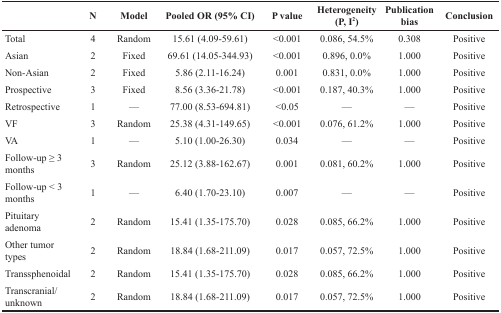
|  | N | Model | Pooled OR (95% CI) | P value | Heterogeneity(P, I2) | Publication bias | Conclusion |
 | --- | --- | --- | --- | --- | --- | --- | --- |
 | Total | 4 | Random | 15.61 (4.09-59.61) | <0.001 | 0.086, 54.5% | 0.308 | Positive |
 | Asian | 2 | Fixed | 69.61 (14.05-344.93) | <0.001 | 0.896, 0.0% | 1.000 | Positive |
 | Non-Asian | 2 | Fixed | 5.86 (2.11-16.24) | 0.001 | 0.831, 0.0% | 1.000 | Positive |
 | Prospective | 3 | Fixed | 8.56 (3.36-21.78) | <0.001 | 0.187, 40.3% | 1.000 | Positive |
 | Retrospective | 1 | — | 77.00 (8.53-694.81) | <0.05 | — | — | Positive |
 | VF | 3 | Random | 25.38 (4.31-149.65) | <0.001 | 0.076, 61.2% | 1.000 | Positive |
 | VA | 1 | — | 5.10 (1.00-26.30) | 0.034 | — | — | Positive |
 | Follow-up ≥ 3 months | 3 | Random | 25.12 (3.88-162.67) | 0.001 | 0.081, 60.2% | 1.000 | Positive |
 | Follow-up < 3 months | 1 | — | 6.40 (1.70-23.10) | 0.007 | — | — | Positive |
 | Pituitary adenoma | 2 | Random | 15.41 (1.35-175.70) | 0.028 | 0.085, 66.2% | 1.000 | Positive |
 | Other tumor types | 2 | Random | 18.84 (1.68-211.09) | 0.017 | 0.057, 72.5% | 1.000 | Positive |
 | Transsphenoidal | 2 | Random | 15.41 (1.35-175.70) | 0.028 | 0.085, 66.2% | 1.000 | Positive |
 | Transcranial/unknown | 2 | Random | 18.84 (1.68-211.09) | 0.017 | 0.057, 72.5% | 1.000 | Positive |